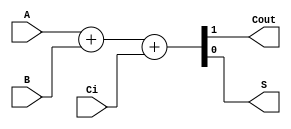
module sum1bcc (A, B, Ci,Cout,S);

  input  A;// Entrada A del sumador
  input  B;//Entrada B del sumador
  input  Ci;// Carry de entrada
  output Cout;// Carry de salida
  output S;// Suma 

  reg [1:0] st;// Registro para sumar

  assign S = st[0];
  assign Cout = st[1];

  always @ ( * ) begin
  	st  = 	A+B+Ci;//Sub modulo que ejecuta la suma.
  end
  
endmodule